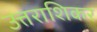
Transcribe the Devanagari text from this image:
उत्तराशिकर